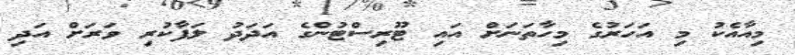
މިއާއެކު މި އަހަރުގެ މިހާތަނަށް އައި ޓޫރިސްޓުންގެ އަދަދު ލަފާކުރި ވަރަށް އަދި